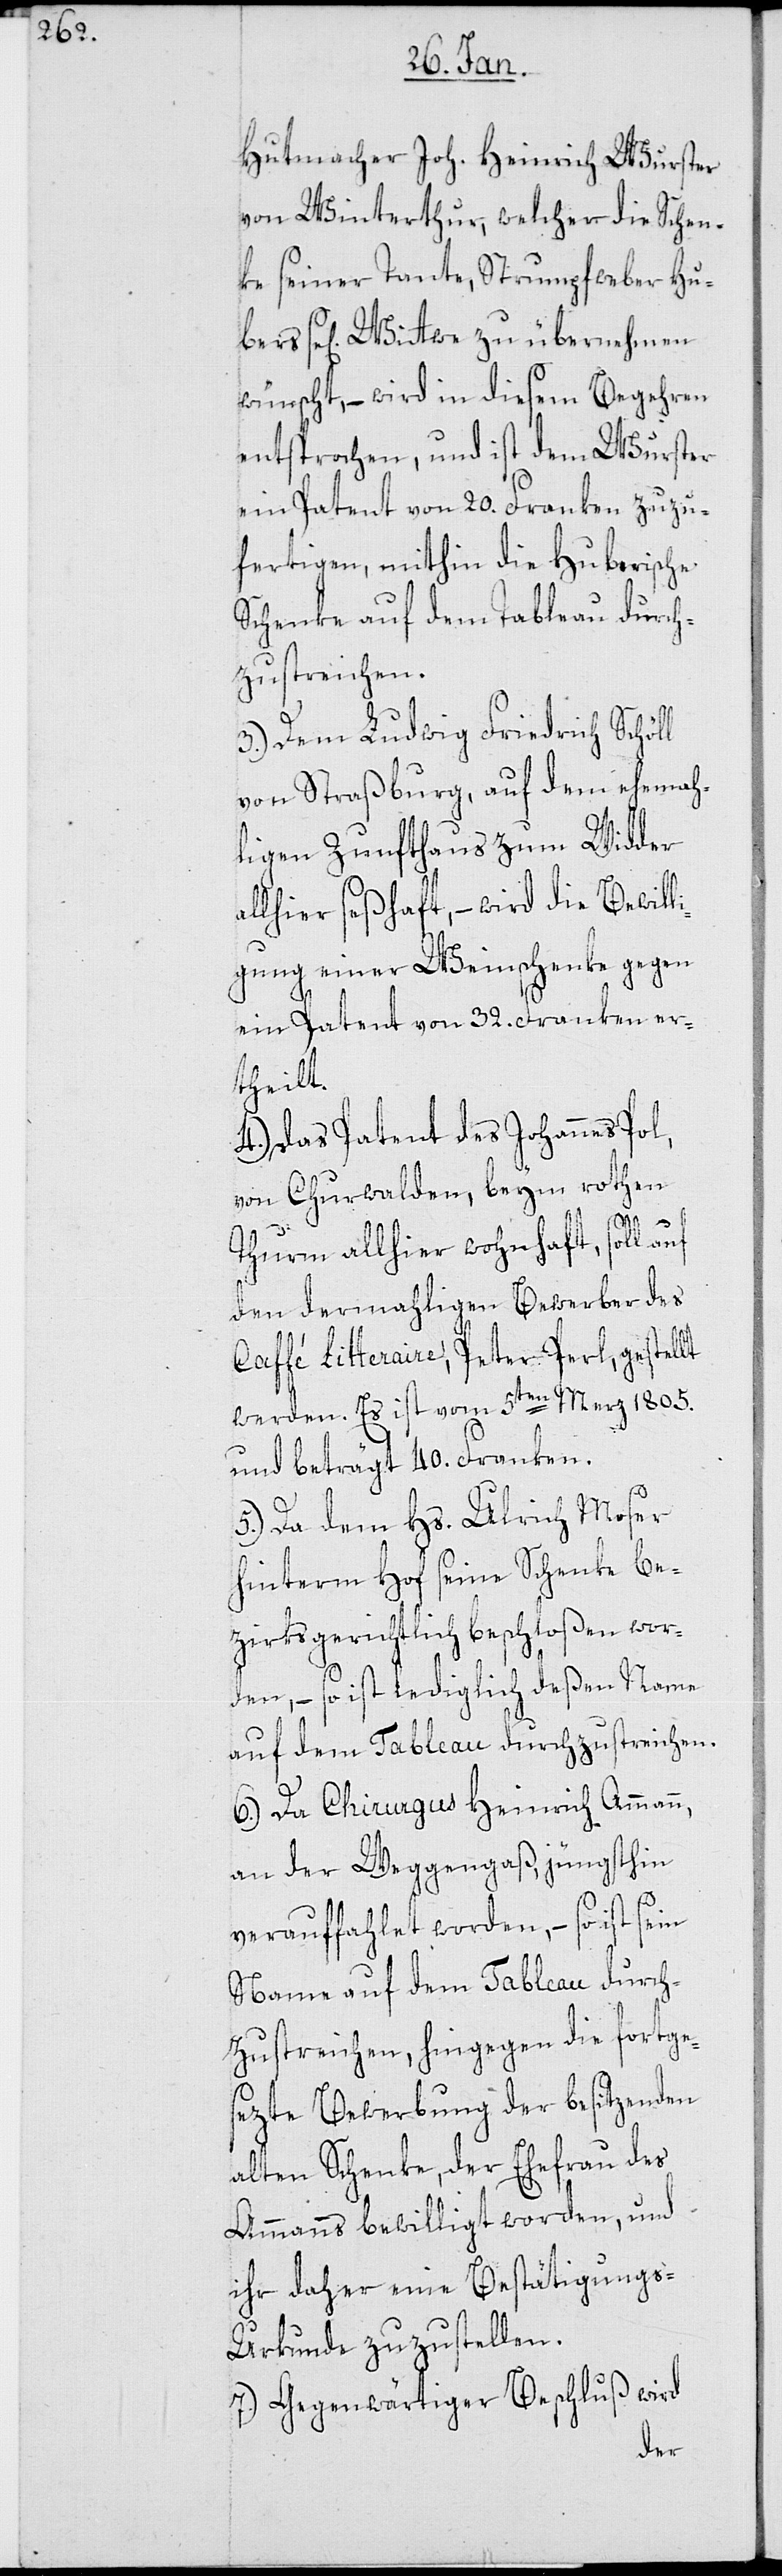
Hutmacher Joh. Heinrich Wurster
von Winterthur, welcher die Schen¬
ke seiner Tante, Strumpfweber Hu¬
se[ligen] Wittwe zu übernehmen
wünscht, – wird in diesem Begehren
entsprochen, und ist dem Wurster
ein Patent von 20. Franken zuzu¬
fertigen, mithin die Huberische
Schenke auf dem Tableau durch¬
zustreichen.
3.) Dem Ludwig Friedrich Schöll
von Straßburg, auf dem ehemah¬
ligen Zunfthaus zum Widder
allhier seßhaft, – wird die Bewill¬
igung einer Weinschenke gegen
ein Patent von 32. Franken er¬
theilt.
4.) Das Patent des Johannes Pol
von Churwalden, beym rothen
Thurm allhier wohnhaft, soll auf
den dermahligen Bewerber des
Caffé Litteraire, Peter Perl, gestellt
werden. Es ist vom 5ten Merz 1805.
und beträgt 40. Franken.
5.) Da dem Hs. Ulrich Moser
hinterm Hof seine Schenke be¬
zirksgerichtlich beschloßen wor¬
den, – so ist lediglich deßen Name
auf dem Tableau durchzustreichen.
6.) Da Chirurgus Heinrich Ammann
an der Weggengaß, jüngsthin
verauffahlet worden, – so ist sein
Name auf dem Tableau durch¬
zustreichen, hingegen die fortge¬
sezte Bewerbung der besitzenden
alten Schenke, der Ehefrau des
Ammanns bewilligt worden, und
ihr daher eine Bestätigung¬
s-Urkunde zuzustellen.
7.) Gegenwärtiger Beschluß wird
bers